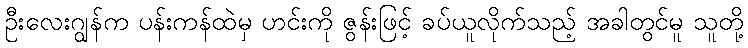
ဦးလေးဂျွန်က ပန်းကန်ထဲမှ ဟင်းကို ဇွန်းဖြင့် ခပ်ယူလိုက်သည့် အခါတွင်မူ သူတို့